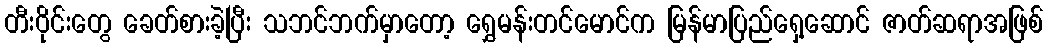
တီးဝိုင်းတွေ ခေတ်စားခဲ့ပြီး သဘင်ဘက်မှာတော့ ရွှေမန်းတင်မောင်က မြန်မာပြည်ရှေ့ဆောင် ဇာတ်ဆရာအဖြစ်